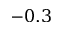
- 0 . 3